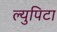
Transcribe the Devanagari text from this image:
ल्युपिटा